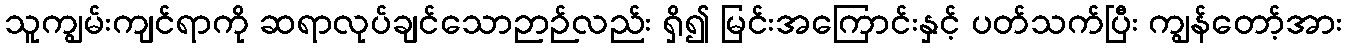
သူကျွမ်းကျင်ရာကို ဆရာလုပ်ချင်သောဉာဉ်လည်း ရှိ၍ မြင်းအကြောင်းနှင့် ပတ်သက်ပြီး ကျွန်တော့်အား